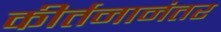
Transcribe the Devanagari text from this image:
कीर्तनानंतर